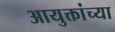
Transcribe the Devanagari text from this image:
आयुक्तांच्या